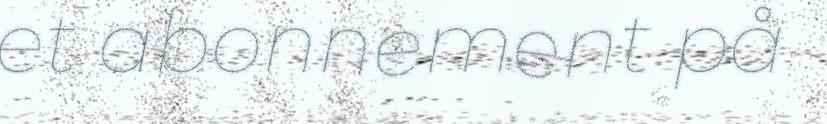
et abonnement på